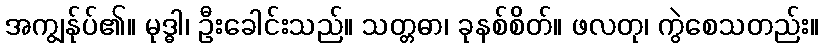
အကျွန်ုပ်၏။ မုဒ္ဓါ၊ ဦးခေါင်းသည်။ သတ္တဓာ၊ ခုနစ်စိတ်။ ဖလတု၊ ကွဲစေသတည်း။